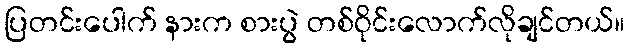
ပြတင်းပေါက် နားက စားပွဲ တစ်ဝိုင်းလောက်လိုချင်တယ်။